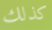
كذلك